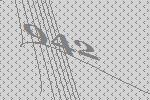
942